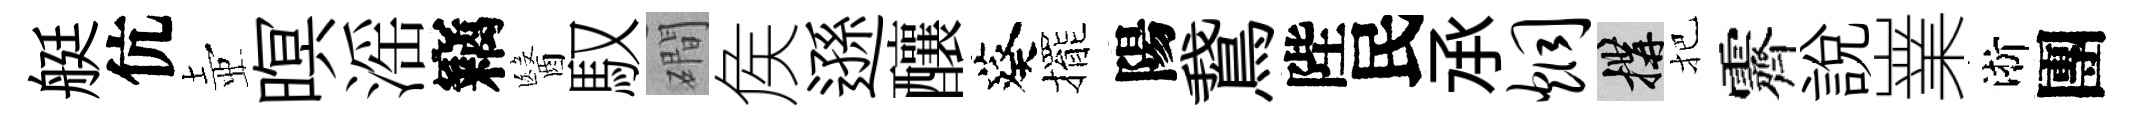
艇伉壺暝滛竊醫馭磵矦遜釀葵擺陽鵞陛民𠄘炯構把霽說嶪淅團